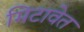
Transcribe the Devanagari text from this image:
मिटावेत